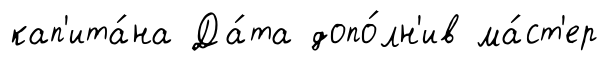
кап'ита́на Да́та допо́лн'ив ма́ст'ер